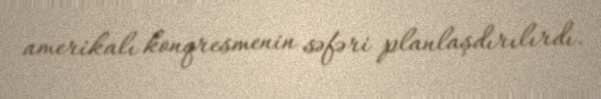
amerikalı konqresmenin səfəri planlaşdırılırdı.